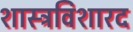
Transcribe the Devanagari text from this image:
शास्त्रविशारद